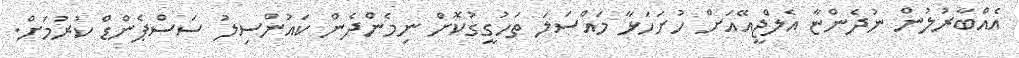
އެއްބާރުލުން ނުދެންޏާ އެލްޖީއޭއަށް ހުށަހަޅާ މައްސަލަ ތަހުގީގުކޮށް ނިމެންދެން ކައުންސިލު ސަސްޕެންޑް ކުރުމަށް.